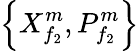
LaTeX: \left\{ X_{{f}_{2}}^{m},P_{{f}_{2}}^{m}\right\}